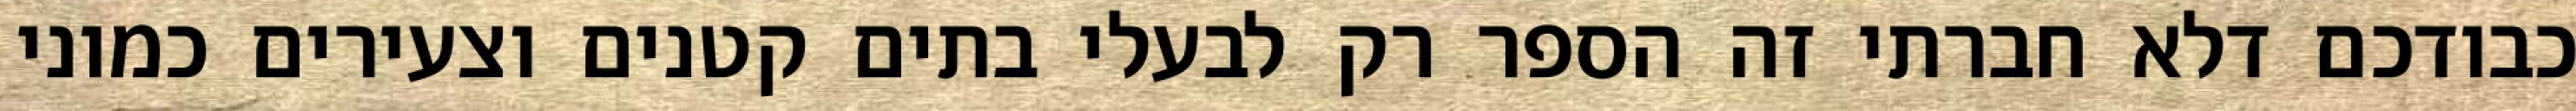
כבודכם דלא חברתי זה הספר רק לבעלי בתים קטנים וצעירים כמוני